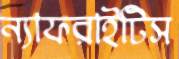
ন্যাফরাইটিস